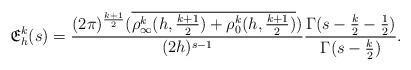
LaTeX: \begin{align*} \mathfrak{E}_h^k(s) = \frac{(2\pi)^{\frac{k+1}{2}} (\overline{\rho_\infty^k(h, \frac{k+1}{2}) + \rho_0^k(h, \frac{k+1}{2})})}{(2 h)^{s-1}} \frac{\Gamma(s - \frac{k}{2}- \frac{1}{2})}{\Gamma(s - \frac{k}{2})}.\end{align*}